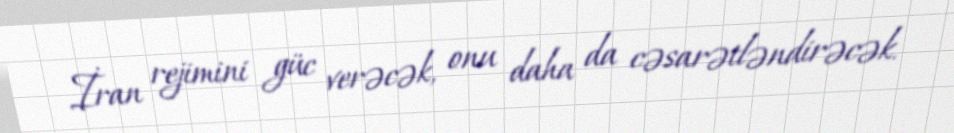
İran rejimini güc verəcək, onu daha da cəsarətləndirəcək.